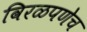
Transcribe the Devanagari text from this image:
विरळपणेच